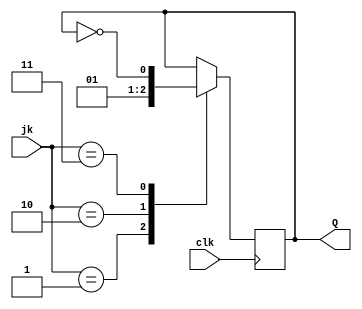
module jkff(jk,clk,Q);
	input [1:0] jk;
	input clk;
	output Q;
	reg Q;
	
	always @ (posedge clk)
	begin
		case(jk)
			2'b00:begin
			end
			
			2'b01:begin
			Q <=1'b0;
			end
			
			2'b10:begin
			Q <=1'b1;
			end
			
			2'b11: begin
			Q <= ~Q;
			end
			default:begin
			Q <=1'b0;
			end
		endcase
	end
endmodule